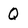
Character: Q